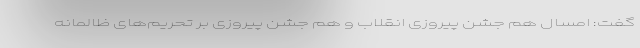
گفت: امسال هم جشن پیروزی انقلاب و هم جشن پیروزی بر تحریم‌های ظالمانه